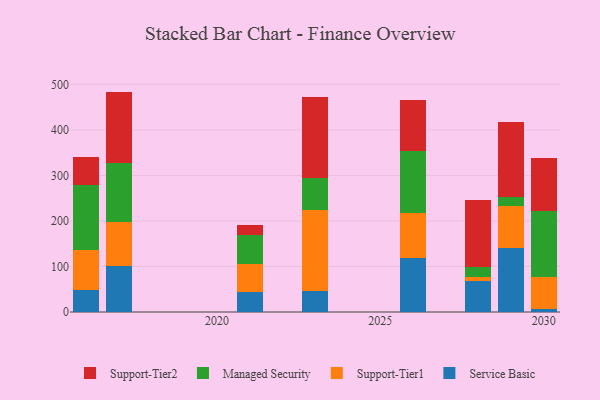
{"axis": {"x": "Year", "y": "Shipments"}, "legend": ["Managed Security", "Service Basic", "Support-Tier1", "Support-Tier2"], "data": [{"x": "2023", "y": 47.1, "type": "Service Basic"}, {"x": "2023", "y": 176.8, "type": "Support-Tier1"}, {"x": "2023", "y": 70.6, "type": "Managed Security"}, {"x": "2023", "y": 178.2, "type": "Support-Tier2"}, {"x": "2021", "y": 43.4, "type": "Service Basic"}, {"x": "2021", "y": 62.7, "type": "Support-Tier1"}, {"x": "2021", "y": 64.1, "type": "Managed Security"}, {"x": "2021", "y": 20.8, "type": "Support-Tier2"}, {"x": "2028", "y": 67.5, "type": "Service Basic"}, {"x": "2028", "y": 10.2, "type": "Support-Tier1"}, {"x": "2028", "y": 22.2, "type": "Managed Security"}, {"x": "2028", "y": 146.8, "type": "Support-Tier2"}, {"x": "2030", "y": 7.7, "type": "Service Basic"}, {"x": "2030", "y": 68.5, "type": "Support-Tier1"}, {"x": "2030", "y": 146.3, "type": "Managed Security"}, {"x": "2030", "y": 116.1, "type": "Support-Tier2"}, {"x": "2026", "y": 118.3, "type": "Service Basic"}, {"x": "2026", "y": 100.2, "type": "Support-Tier1"}, {"x": "2026", "y": 135.4, "type": "Managed Security"}, {"x": "2026", "y": 112.0, "type": "Support-Tier2"}, {"x": "2017", "y": 101.9, "type": "Service Basic"}, {"x": "2017", "y": 95.2, "type": "Support-Tier1"}, {"x": "2017", "y": 129.7, "type": "Managed Security"}, {"x": "2017", "y": 157.4, "type": "Support-Tier2"}, {"x": "2029", "y": 139.8, "type": "Service Basic"}, {"x": "2029", "y": 92.4, "type": "Support-Tier1"}, {"x": "2029", "y": 20.5, "type": "Managed Security"}, {"x": "2029", "y": 165.3, "type": "Support-Tier2"}, {"x": "2016", "y": 47.7, "type": "Service Basic"}, {"x": "2016", "y": 88.8, "type": "Support-Tier1"}, {"x": "2016", "y": 143.6, "type": "Managed Security"}, {"x": "2016", "y": 60.8, "type": "Support-Tier2"}]}